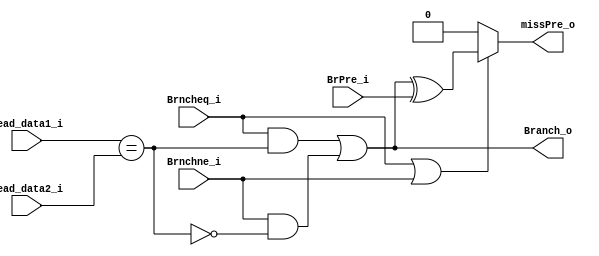
module comparator (
	input  [31:0] read_data1_i, //$rs
	input  [31:0] read_data2_i, //$rt
	input  Brncheq_i,
	input  Brnchne_i,
	input  BrPre_i,    //prediction from predict unit
	output Branch_o, //decide PC + 4 (0) or branch address (1), IF/ID clear
	output missPre_o   //1 == miss prediction, 0 == correct prediction
);

wire equal;

assign equal = (read_data1_i == read_data2_i);
assign Branch_o = (Brncheq_i & equal) | (Brnchne_i & ~equal);
assign missPre_o = (Brncheq_i | Brnchne_i) ? (Branch_o ^ BrPre_i) : 0;

endmodule